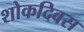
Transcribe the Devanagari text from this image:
शोकदिवस